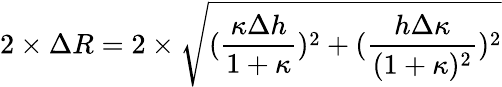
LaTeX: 2\times\Delta R=2\times\sqrt{(\frac{\kappa\Delta h}{1+\kappa})^{2}+(\frac{h\Delta\kappa}{(1+\kappa)^{2}})^{2}}